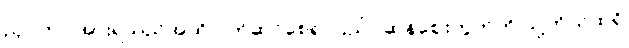
ညှပ်ကာ အားရသည်အထိ ဝတ်ဆင်စေ၍ ပြည်ပဆန်ဈေးကွက်ကို သူ့ကိုယ်ထဲရှိ